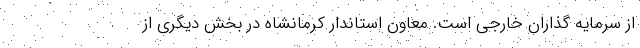
از سرمایه گذاران خارجی است. معاون استاندار کرمانشاه در بخش دیگری از